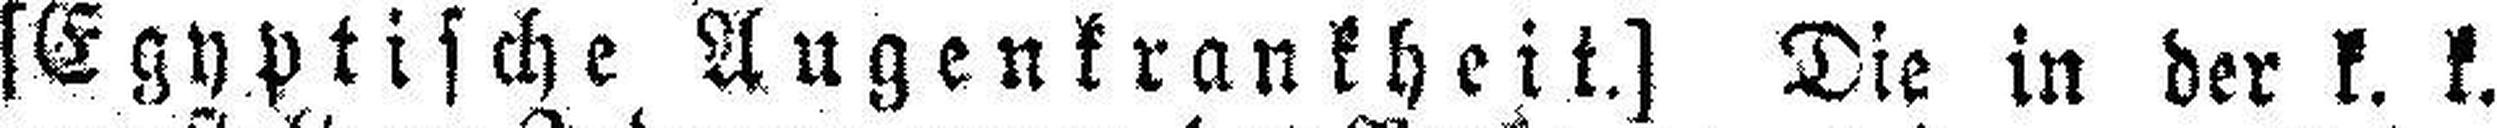
[Egyptische Augenkrankheit.] Die in der k. k.